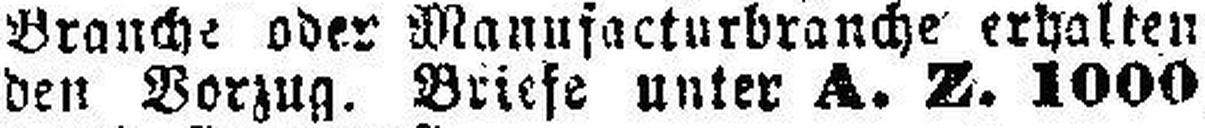
den Vorzug. Briefe unter A. Z. 1000